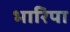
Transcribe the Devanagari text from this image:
भारिपा